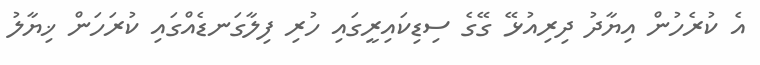
އެ ކުރެހުން އިޔާދު ދިރިއުޅޭ ގޭގެ ސިޑިކައިރީގައި ހުރި ފިލާގަނޑެއްގައި ކުރަހަން ޚިޔާލު